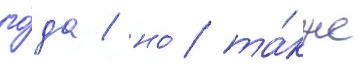
го́да / но́ та́кже